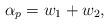
LaTeX: \begin{align*}\alpha_p={w_1}+{w_2},\end{align*}